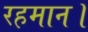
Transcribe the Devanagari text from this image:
रहमान।